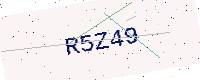
Text: R5Z49